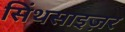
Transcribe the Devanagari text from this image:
सिंथसाइज़र